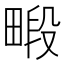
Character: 𪽜